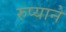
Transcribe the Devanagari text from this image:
रुप्याने